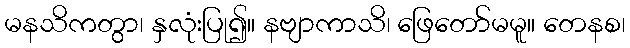
မနသိကတွာ၊ နှလုံးပြု၍။ နဗျာကာသိ၊ ဖြေတော်မမူ။ တေနစ၊